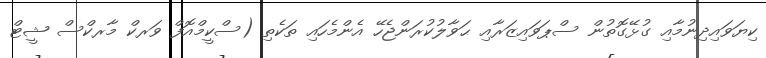
ކިޔަވައިދިނުމާއި ގުޅޭގޮތުން ސްޕަވައިޒަރާއި ޙަވާލުކުރަންޖެހޭ އެންމެހައި ތަކެތި (ސްކީމްއޮފް ވަރކް މާރކްސް ޝީޓް